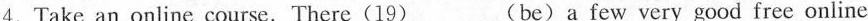
4.Take an online course. There(19)___(be) a few very good free online